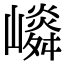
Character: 𡽤